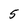
Character: 5